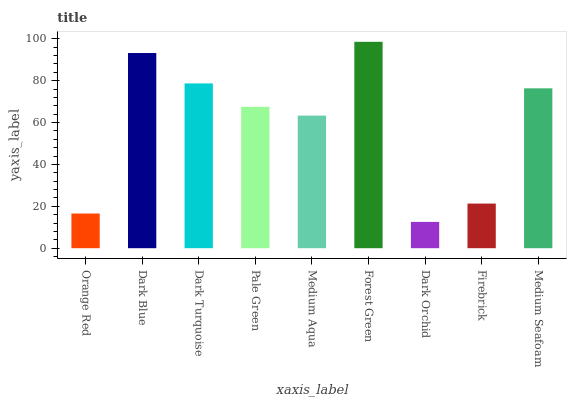
| xaxis_label | bars |
 | --- | --- |
 | Orange Red | 16.6 |
 | Dark Blue | 93.2 |
 | Dark Turquoise | 78.7 |
 | Pale Green | 67.5 |
 | Medium Aqua | 63.3 |
 | Forest Green | 98.6 |
 | Dark Orchid | 12.6 |
 | Firebrick | 21.3 |
 | Medium Seafoam | 76.3 |